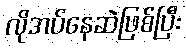
လိုအပ်နေဆဲဖြစ်ပြီး